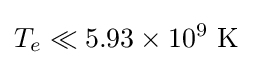
T_{e}\ll 5.93\times 10^{9}~\mathrm {K}